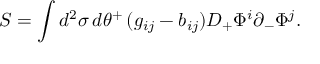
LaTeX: S = \int d ^ { 2 } \sigma \, d \theta ^ { + } \, ( g _ { i j } - b _ { i j } ) D _ { + } \Phi ^ { i } \partial _ { - } \Phi ^ { j } .